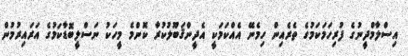
އިސްލާމްދީނުގެ ފުރިހަމަކަމުގެ ތެރެއިން ހިމެނޭ އެއްކަމަކީ އެދީންޤަބޫލުކުރާ ކޮންމެ މީހަކު ނަސްލީބޮޑާކަމުގެ އަރައިރުމުން